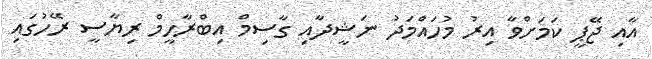
އާއި ޖޭޕީ ކަމަށްވާ އިރު މުހައްމަދު ނަޝީދާއި ގާސިމް އިބްރާހީމް ރިޔާސީ ރޭހުގައި